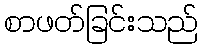
စာဖတ်ခြင်းသည်